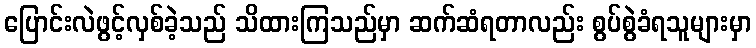
ပြောင်းလဲဖွင့်လှစ်ခဲ့သည် သိထားကြသည်မှာ ဆက်ဆံရတာလည်း စွပ်စွဲခံရသူများမှာ